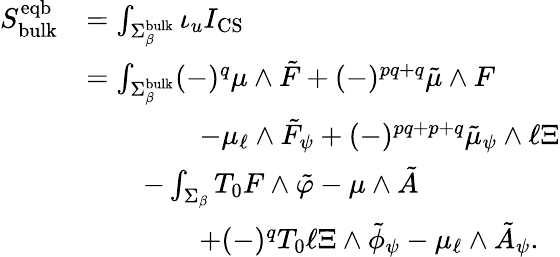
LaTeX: \begin{array}{rl}{S_{\mathrm{bulk}}^{\mathrm{eqb}}}&{=\int_{\Sigma_{\beta}^{\mathrm{bulk}}}\iota_{u}I_{\mathrm{CS}}}\\ &{=\int_{\Sigma_{\beta}^{\mathrm{bulk}}}(-)^{q}\mu\wedge\tilde{F}+(-)^{pq+q}\tilde{\mu}\wedge F}\\ &{\qquad\qquad-\mu_{\ell}\wedge\tilde{F}_{\psi}+(-)^{pq+p+q}\tilde{\mu}_{\psi}\wedge\ell\Xi}\\ &{\qquad-\int_{\Sigma_{\beta}}T_{0}F\wedge\tilde{\varphi}-\mu\wedge\tilde{A}}\\ &{\qquad\qquad+(-)^{q}T_{0}\ell\Xi\wedge\tilde{\phi}_{\psi}-\mu_{\ell}\wedge\tilde{A}_{\psi}.}\end{array}